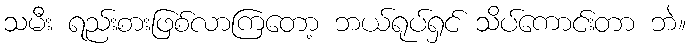
သမီး ရည်းစားဖြစ်လာကြတော့ ဘယ်ရုပ်ရှင် သိပ်ကောင်းတာ ဘဲ။